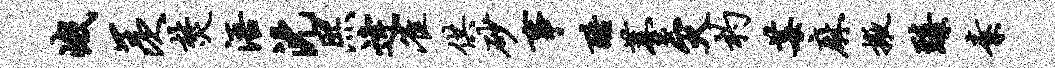
峨羡焚浯沈熙逄雀供砂事酷薹灾杓莓麻掖臻素